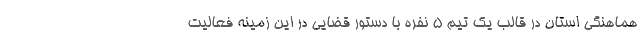
هماهنگی استان در قالب یک تیم ۵ نفره با دستور قضایی در این زمینه فعالیت